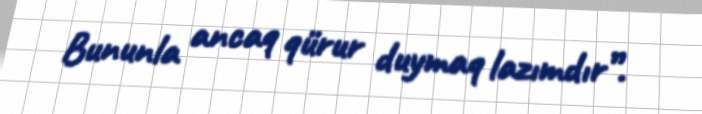
Bununla ancaq qürur duymaq lazımdır”.